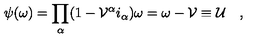
\psi ( \omega ) = \prod _ { \alpha } ( 1 - \mathcal { V } ^ { \alpha } i _ { \alpha } ) \omega = \omega - \mathcal { V } \equiv \mathcal { U } \quad ,